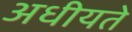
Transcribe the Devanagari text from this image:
अधीयते